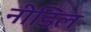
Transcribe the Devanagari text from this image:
नीडिल